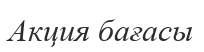
Акция бағасы